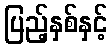
ပြည့်နှစ်နှင့်